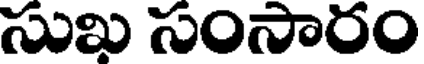
సుమి సంసారం